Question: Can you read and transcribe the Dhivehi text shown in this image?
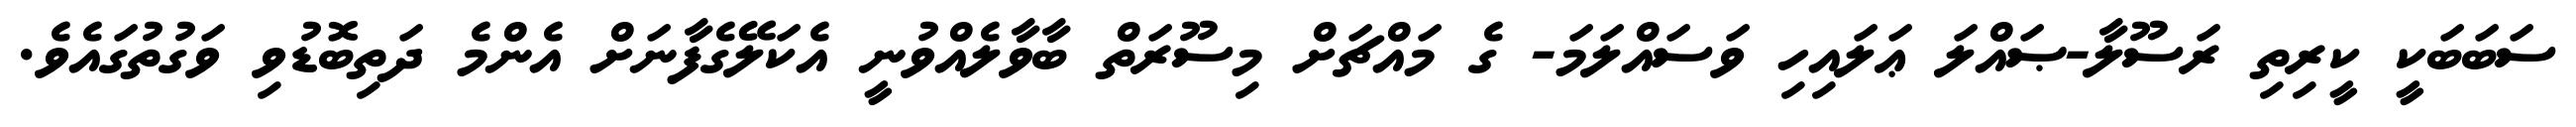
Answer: ސަބަބަކީ ކީރިތި ރަސޫލާ-ޞައްލަ ޢަލައިހި ވަސައްލަމަ- ގެ މައްޗަށް މިސޫރަތް ބާވާލެއްވުނީ އެކަލޭގެފާނަށް އެންމެ ދަތިބޮޑުވި ވަގުތުގައެވެ.